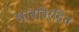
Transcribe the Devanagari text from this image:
खांबविरहित